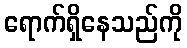
ရောက်ရှိနေသည်ကို